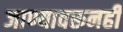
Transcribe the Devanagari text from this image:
जाण्यावरूनही